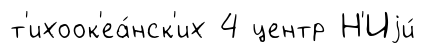
т'ихоок'еа́нск'их 4 центр Н'Иjи́